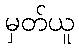
မှတ်ယူ